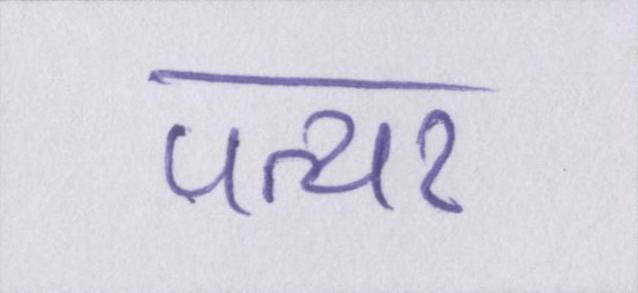
पत्थर